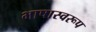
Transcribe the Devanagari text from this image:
भाषास्वरूप